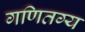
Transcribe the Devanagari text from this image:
गणितग्य